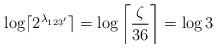
LaTeX: \begin{align*}\log \lceil 2^{\lambda_{123'}} \rceil &=\log \left\lceil \frac{\zeta}{36} \right\rceil =\log 3\end{align*}